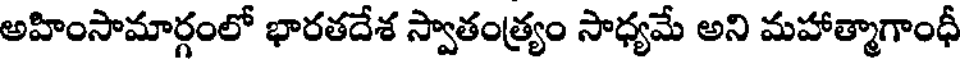
అహింసామార్గంలో భారతదేశ స్వాతంత్ర్యం సాధ్యమే అని మహాత్మాగాంధీ